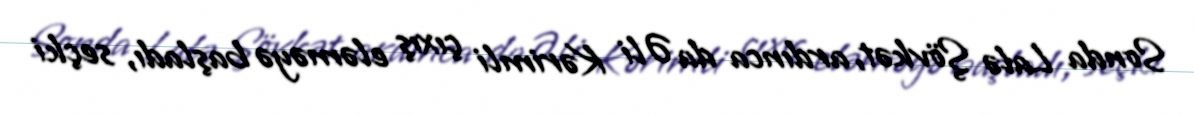
Sonda Lalə Şövkət, ardınca da Əli Kərimli çıxış eləməyə başladı, seçki